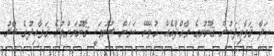
ހަދާ ޤަވާޢިދަކުން ޤާނޫނުގެ މާއްދާއެއް އުވޭނޭ ކަމަށް ބުނުމަކީ ޤާނޫނަށްވުރެ ޤަވާޢިދުގެ ބާރު